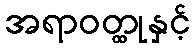
အရာဝတ္ထုနှင့်